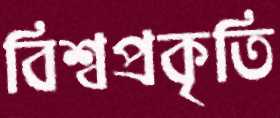
বিশ্বপ্রকৃতি